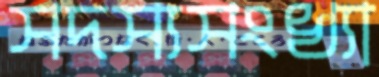
সদস্যসংখ্যা